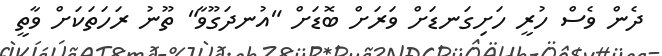
ދެން ވެސް ހުރީ ހަށިގަނޑަށް ވަރަށް ބޮޑަށް "އުނދަގޫވާ" ތޫނު ރަހަތަކަށް ވާތީ